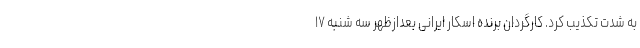
به شدت تکذیب کرد. کارگردان برنده اسکار ایرانی بعدازظهر سه شنبه ۱۷